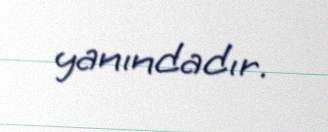
yanındadır.